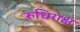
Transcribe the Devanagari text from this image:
रुधिराक्ष